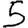
Digit: 5